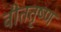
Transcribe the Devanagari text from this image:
वीततृष्ण